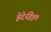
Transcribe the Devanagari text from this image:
हेदेर्नहेइम